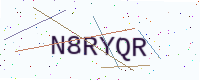
Text: N8RYQR